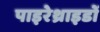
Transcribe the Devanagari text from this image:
पाइरेथ्राइडों